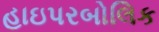
હાઇપરબોલિક